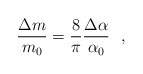
\begin{align*}\frac{\Delta m}{m_0}=\frac{8}{\pi}\frac{\Delta \alpha}{\alpha_0}~~,\end{align*}